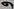
و